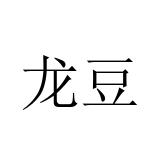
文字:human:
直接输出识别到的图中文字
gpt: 龙豆